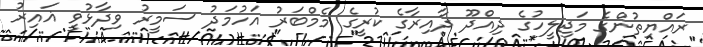
ރައްޔިތުންގެ މަޖިލީހުގެ ދިއްދޫ ދާއިރާގެ ކުރީގެ މެމްބަރު އަހުމަދު ސަމީރު ވިދާޅުވީ ޣައިރު